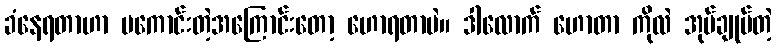
ခံနေရတာဟာ မကောင်းတဲ့အကြောင်းတော့ ဟောရတာပဲ။ ဒါလောက် ဟောတာ ကိုလဲ အုပ်ချုပ်တဲ့